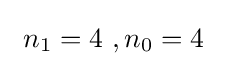
\ n_{1}=4\ ,n_{0}=4~